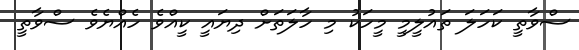
ސްވާތީ ކަހަލަ ތައުލީމީ މީހަކު މި ހާލަތަށް ދިޔައީ ކީއްވެ ހެއްޔެވެ ސްވާތީ